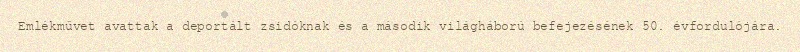
Emlékművet avattak a deportált zsidóknak és a második világháború befejezésének 50. évfordulójára.